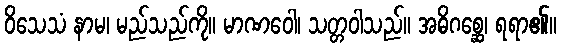
ဝိသေသံ နာမ၊ မည်သည်ကို။ မာဏဝေါ၊ သတ္တဝါသည်။ အဓိဂစ္ဆေ၊ ရရာ၏။